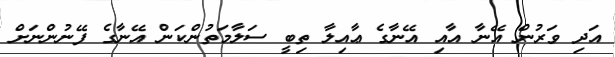
އަދި ވަރުން އޭނާ އާއި އޭނާގެ ޢާއިލާ ތިބީ ސަލާމަތުންކަން އޭނާގެ ފޭނުންނަށް